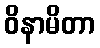
ဝိနာမိတာ